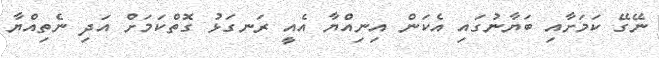
ނޭގޭ ކަމަށާއި ބަޔާނުގައި އެކަން އިނިއްޔާ އެއީ ރަނގަޅު ގޮތްކަމަށް އަދި ނެތިއްޔާ